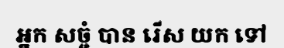
អ្នក សច្ចំ បាន រើស យក ទៅ